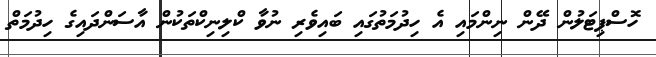
ހޮސްޕިޓަލުން ދޭން ނިންމައި އެ ހިދުމަތުގައި ބައިވެރި ނުވާ ކްލިނިކްތަކުން އާސަންދައިގެ ހިދުމަތް